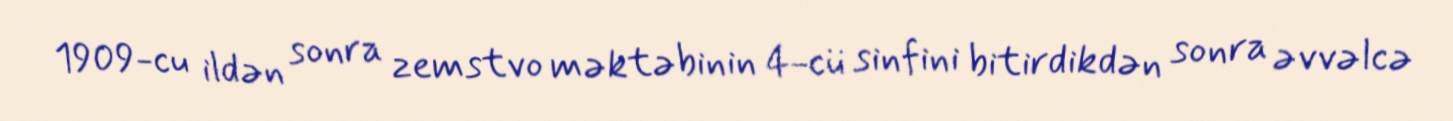
1909-cu ildən sonra zemstvo məktəbinin 4-cü sinfini bitirdikdən sonra əvvəlcə